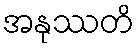
အနုဿတိ